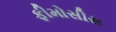
ફીમોસીસ